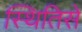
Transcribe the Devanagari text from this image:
स्थितिसे